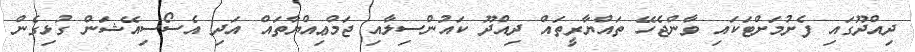
ދިއްދޫގައި ފެށުމަށްޓަކައި ވާންޖެހޭ ތައްޔާރީތައް ދިއްދޫ ކައުންސިލާއި ޖަމްޢިއްޔާތައް އަދި އެސޯސިއޭޝަން ގުޅިގެން